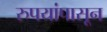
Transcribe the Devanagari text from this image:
रुपयांपासून